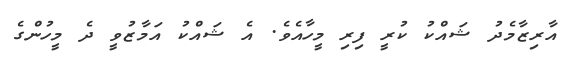
އާރިޒާމެދު ޝައްކު ކުރީ ފިރި މީހާއެވެ. އެ ޝައްކު އަމާޒުވީ ދެ މީހުންގެ